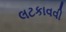
લટકાવવી